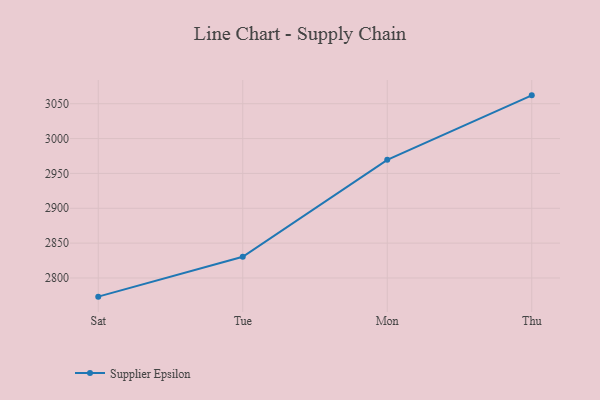
{"axis": {"x": "Day", "y": "Production Output"}, "legend": ["Supplier Epsilon"], "data": [{"x": "Sat", "y": 2773.2, "type": "Supplier Epsilon"}, {"x": "Tue", "y": 2830.5, "type": "Supplier Epsilon"}, {"x": "Mon", "y": 2969.5, "type": "Supplier Epsilon"}, {"x": "Thu", "y": 3062.0, "type": "Supplier Epsilon"}]}